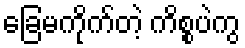
ခြေမကိုက်တဲ့ ကိစ္စပဲကွ